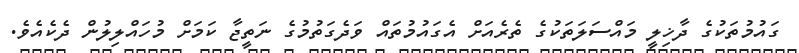
ގައުމުތަކުގެ ދާޚިލީ މައްސަލަތަކުގެ ތެރެއަށް އެގައުމުތައް ވަދެގަތުމުގެ ނަތީޖާ ކަމަށް މުހައްލިލުން ދެކެއެވެ.